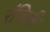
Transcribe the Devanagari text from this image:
रंजिनी